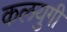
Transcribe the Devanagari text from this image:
कलयुगी